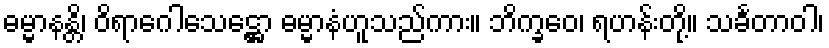
ဓမ္မာနန္တိ၊ ဝိရာဂေါသေဋ္ဌော ဓမ္မာနံဟူသည်ကား။ ဘိက္ခဝေ၊ ရဟန်းတို့။ သင်္ခတာဝါ၊